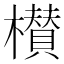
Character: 櫕